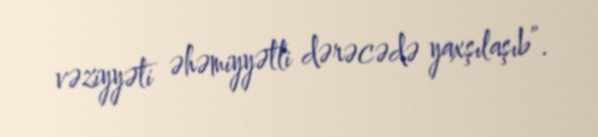
vəziyyəti əhəmiyyətli dərəcədə yaxşılaşıb”.